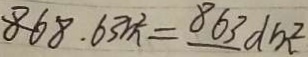
8 6 8 . 6 3 m ^ { 2 } = 8 6 3 d m ^ { 2 }